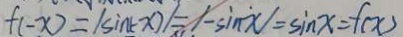
f ( - x ) = \vert - \sin ( - x ) \vert = \vert - \sin x \vert = \sin x = f ( x )